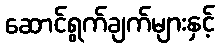
ဆောင်ရွက်ချက်များနှင့်